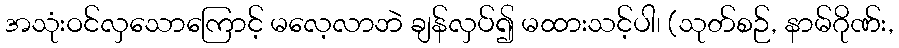
အသုံးဝင်လှသောကြောင့် မလေ့လာဘဲ ချန်လှပ်၍ မထားသင့်ပါ၊ (သုတ်စဉ်, နာမ်ဂိုဏ်း,